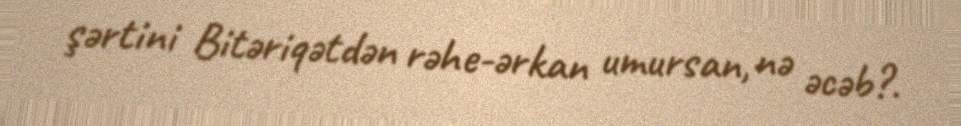
şərtini Bitəriqətdən rəhe-ərkan umursan, nə əcəb?.